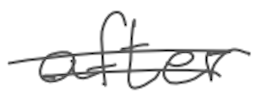
Text: after
Cross-out: double-line
Writing tool: digital_gray